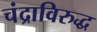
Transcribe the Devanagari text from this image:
चंद्राविरुद्ध